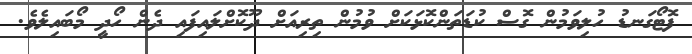
ފޮޓޯގަނޑު ހުލިވަމުން ގޮސް ކުޑަތަންކޮޅަކަށް ވުމުން ތިރިއަށް ދޫކޮށްލައިފައި ދެން ހޯދީ މޯބައިލެވެ.